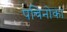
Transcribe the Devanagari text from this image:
पचिनोका